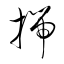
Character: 揣